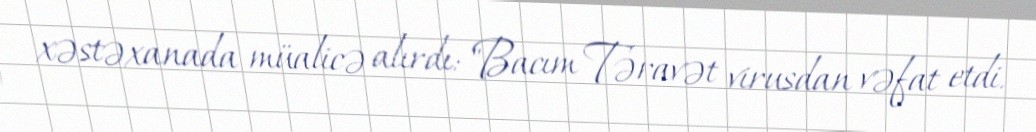
xəstəxanada müalicə alırdı: "Bacım Təravət virusdan vəfat etdi.